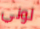
لوني